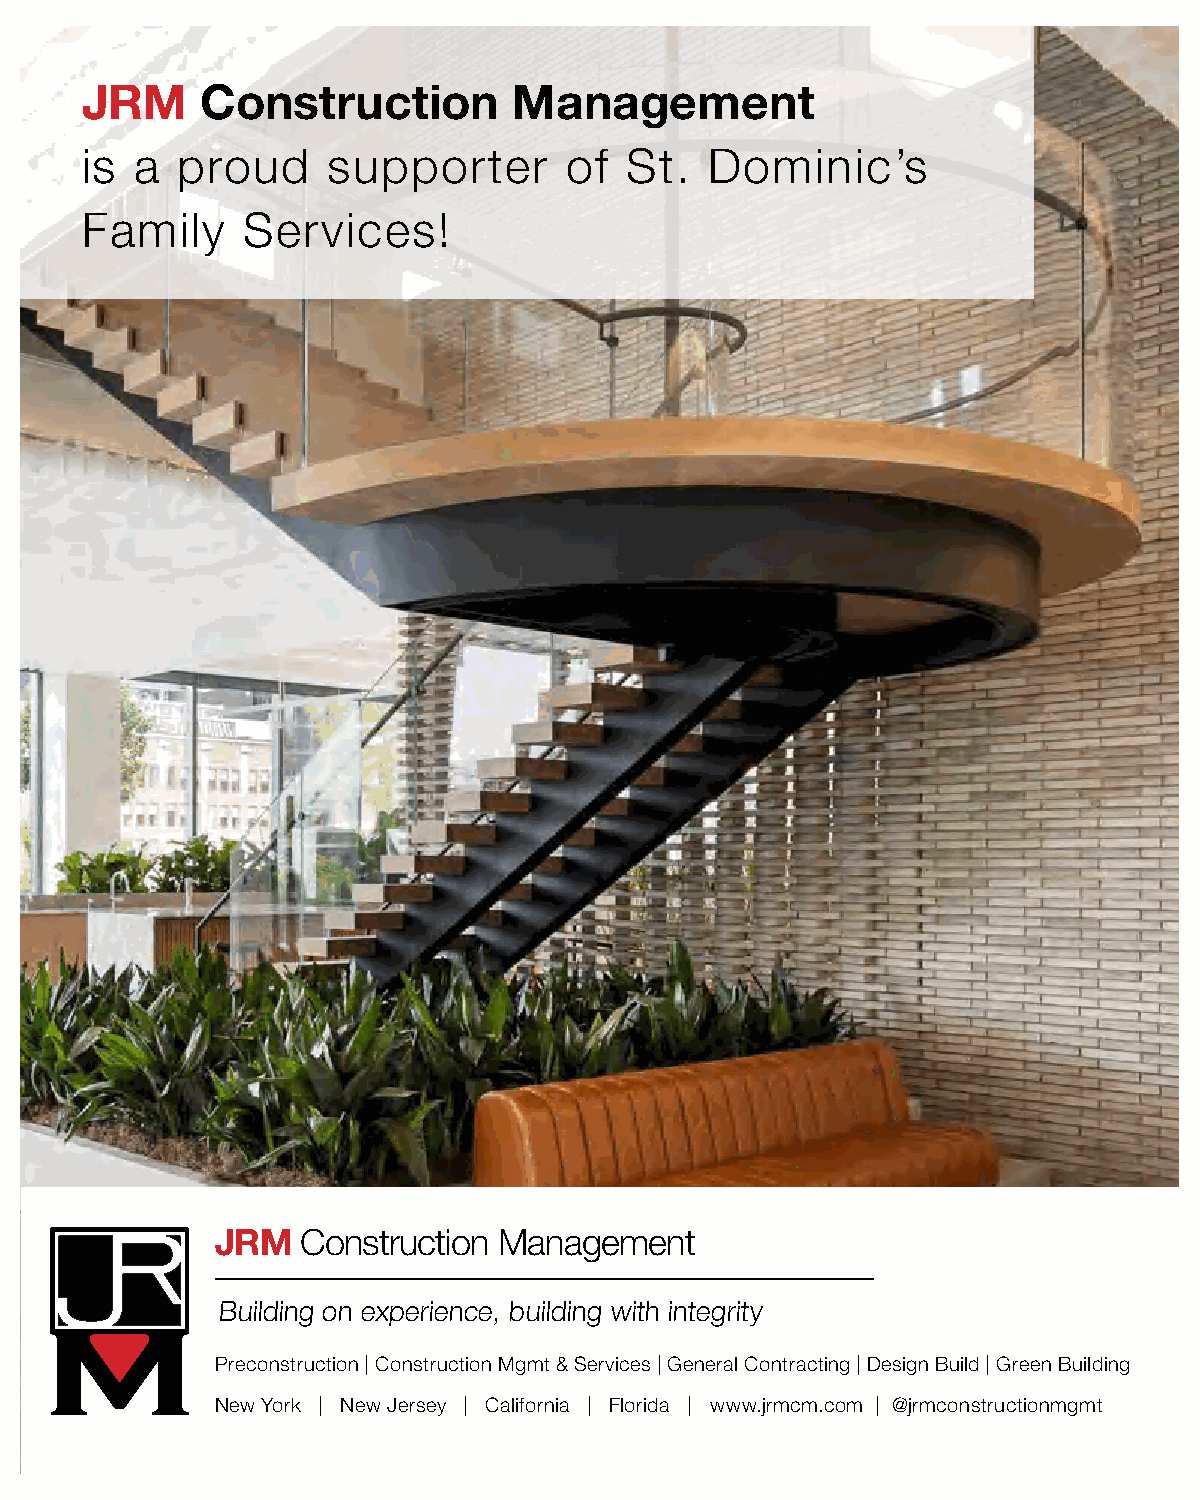
JRM     Construction         Management
 is  a  proud     supporter       of St.   Dominic’s
 Family     Services!
 JRM   Construction Management
 Building on experience, building with integrity
 Preconstruction | Construction Mgmt & Services | General Contracting | Design Build | Green Building
 New York | New Jersey | California | Florida | www.jrmcm.com | @jrmconstructionmgmt